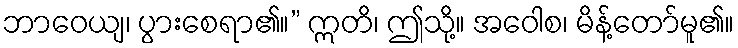
ဘာဝေယျ၊ ပွားစေရာ၏။” ဣတိ၊ ဤသို့။ အဝေါစ၊ မိန့်တော်မူ၏။